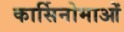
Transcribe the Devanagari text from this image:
कार्सिनोमाओं